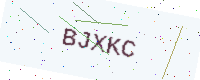
Text: BJXKC